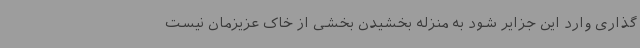
‌گذاری وارد این جزایر شود به منزله بخشیدن بخشی از خاک عزیزمان نیست